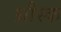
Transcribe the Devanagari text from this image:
थ्रौस्क